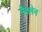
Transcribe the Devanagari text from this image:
मैक्‍लेन